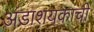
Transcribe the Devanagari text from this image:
अंडाशयकांची